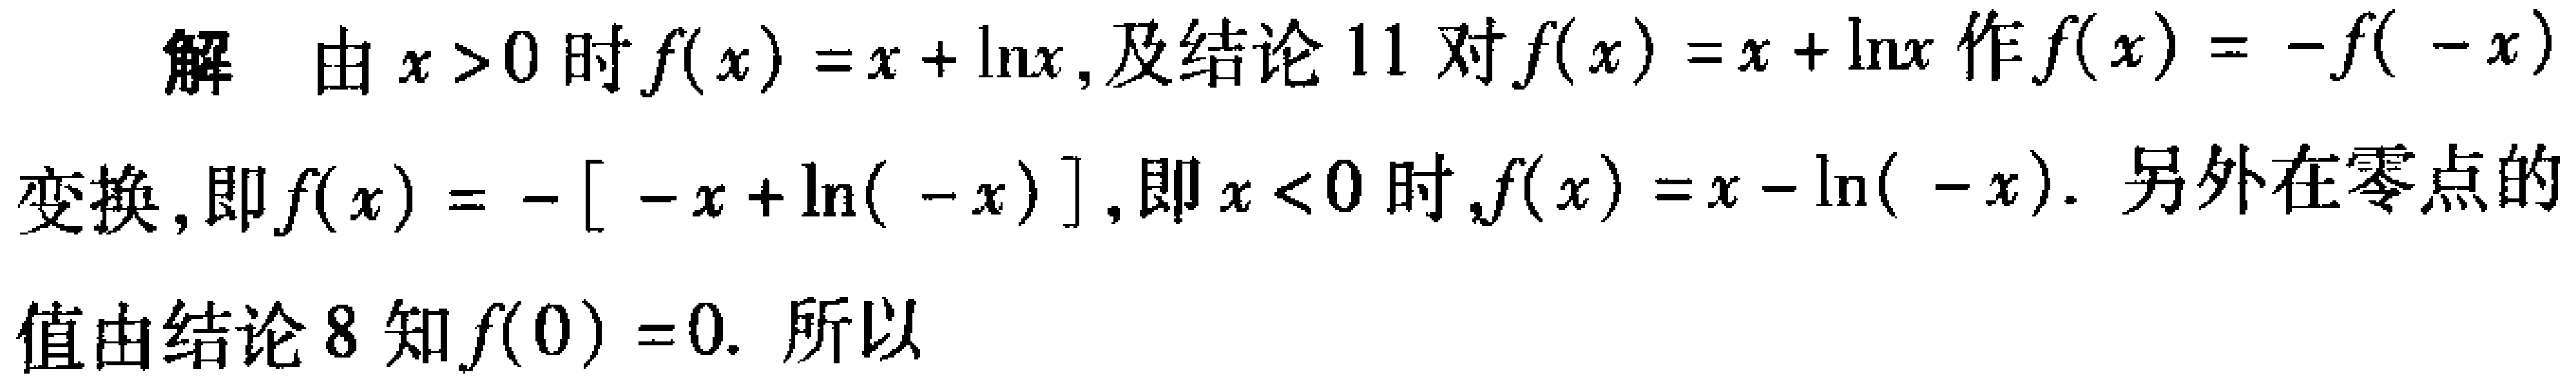
解 由 \(x > 0\) 时 \(f(x)=x + \ln x\)，及结论11对 \(f(x)=x + \ln x\) 作 \(f(x)=-f(-x)\) 变换，即 \(f(x)=-[-x+\ln(-x)]\)，即 \(x < 0\) 时，\(f(x)=x-\ln(-x)\)。另外在零点的值由结论8知 \(f(0)=0\)。所以